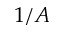
1 / A